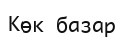
Көк базар​